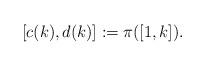
LaTeX: \begin{align*}[c(k), d(k)] := \pi([1,k]).\end{align*}